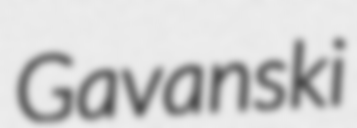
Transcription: Gavanski